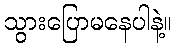
သွားပြောမနေပါနဲ့။